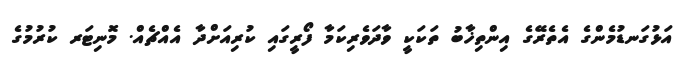
އަޅުގަނޑުމެންގެ އެތެރޭގެ އިންތިޚާބު ތަކަކީ ވާދަވެރިކަމާ ފޯރީގައި ކުރިއަށްދާ އެއްޗެއް. މޮނިޓަރ ކުރުމުގެ